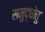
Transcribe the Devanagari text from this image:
समुद्धोतु